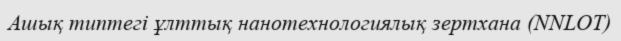
Ашық типтегі ұлттық нанотехнологиялық зертхана (NNLOT)